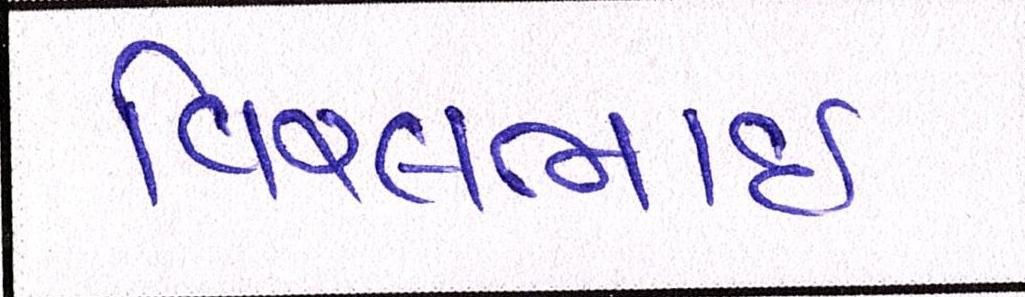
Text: વિરલભાઇ